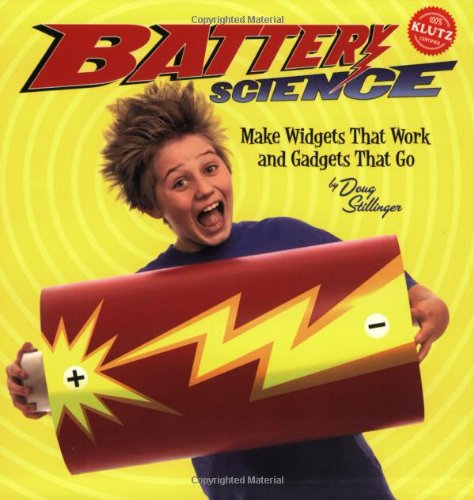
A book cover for Klutz Battery Science Make Widgets That Work and Gadgets That Go; Children's Books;